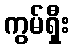
ကွမ်ရှီး